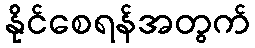
နိုင်စေရန်အတွက်